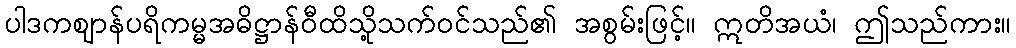
ပါဒကဈာန်ပရိကမ္မအဓိဋ္ဌာန်ဝီထိသို့သက်ဝင်သည်၏ အစွမ်းဖြင့်။ ဣတိအယံ၊ ဤသည်ကား။